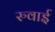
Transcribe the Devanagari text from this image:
रुवाई